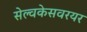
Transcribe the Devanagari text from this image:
सेल्वकेसवरयर